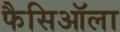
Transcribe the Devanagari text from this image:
फैसिऑला